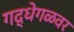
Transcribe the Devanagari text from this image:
गद्धेगळवर